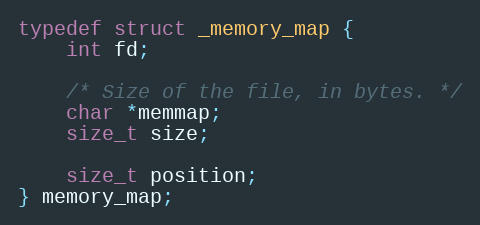
Language: C
typedef struct _memory_map {
    int fd;

    /* Size of the file, in bytes. */
    char *memmap;
    size_t size;

    size_t position;
} memory_map;